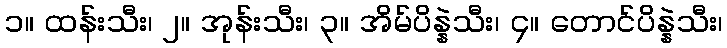
၁။ ထန်းသီး၊ ၂။ အုန်းသီး၊ ၃။ အိမ်ပိန္နဲသီး၊ ၄။ တောင်ပိန္နဲသီး၊